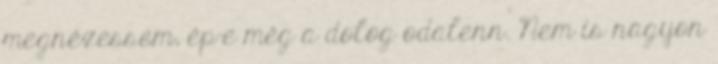
megnézessem, ép-e még a dolog odalenn. Nem is nagyon